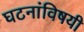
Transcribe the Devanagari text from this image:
घटनांविषयी